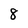
Character: 8